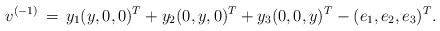
\begin{align*}v^{(-1)} \,=\, y_1(y,0,0)^T + y_2(0,y,0)^T + y_3(0,0,y)^T -(e_1,e_2,e_3)^T. \end{align*}